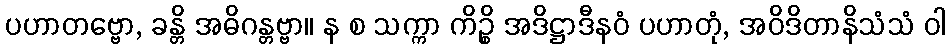
ပဟာတဗ္ဗော, ခန္တိ အဓိဂန္တဗ္ဗာ။ န စ သက္ကာ ကိဉ္စိ အဒိဋ္ဌာဒီနဝံ ပဟာတုံ, အဝိဒိတာနိသံသံ ဝါ